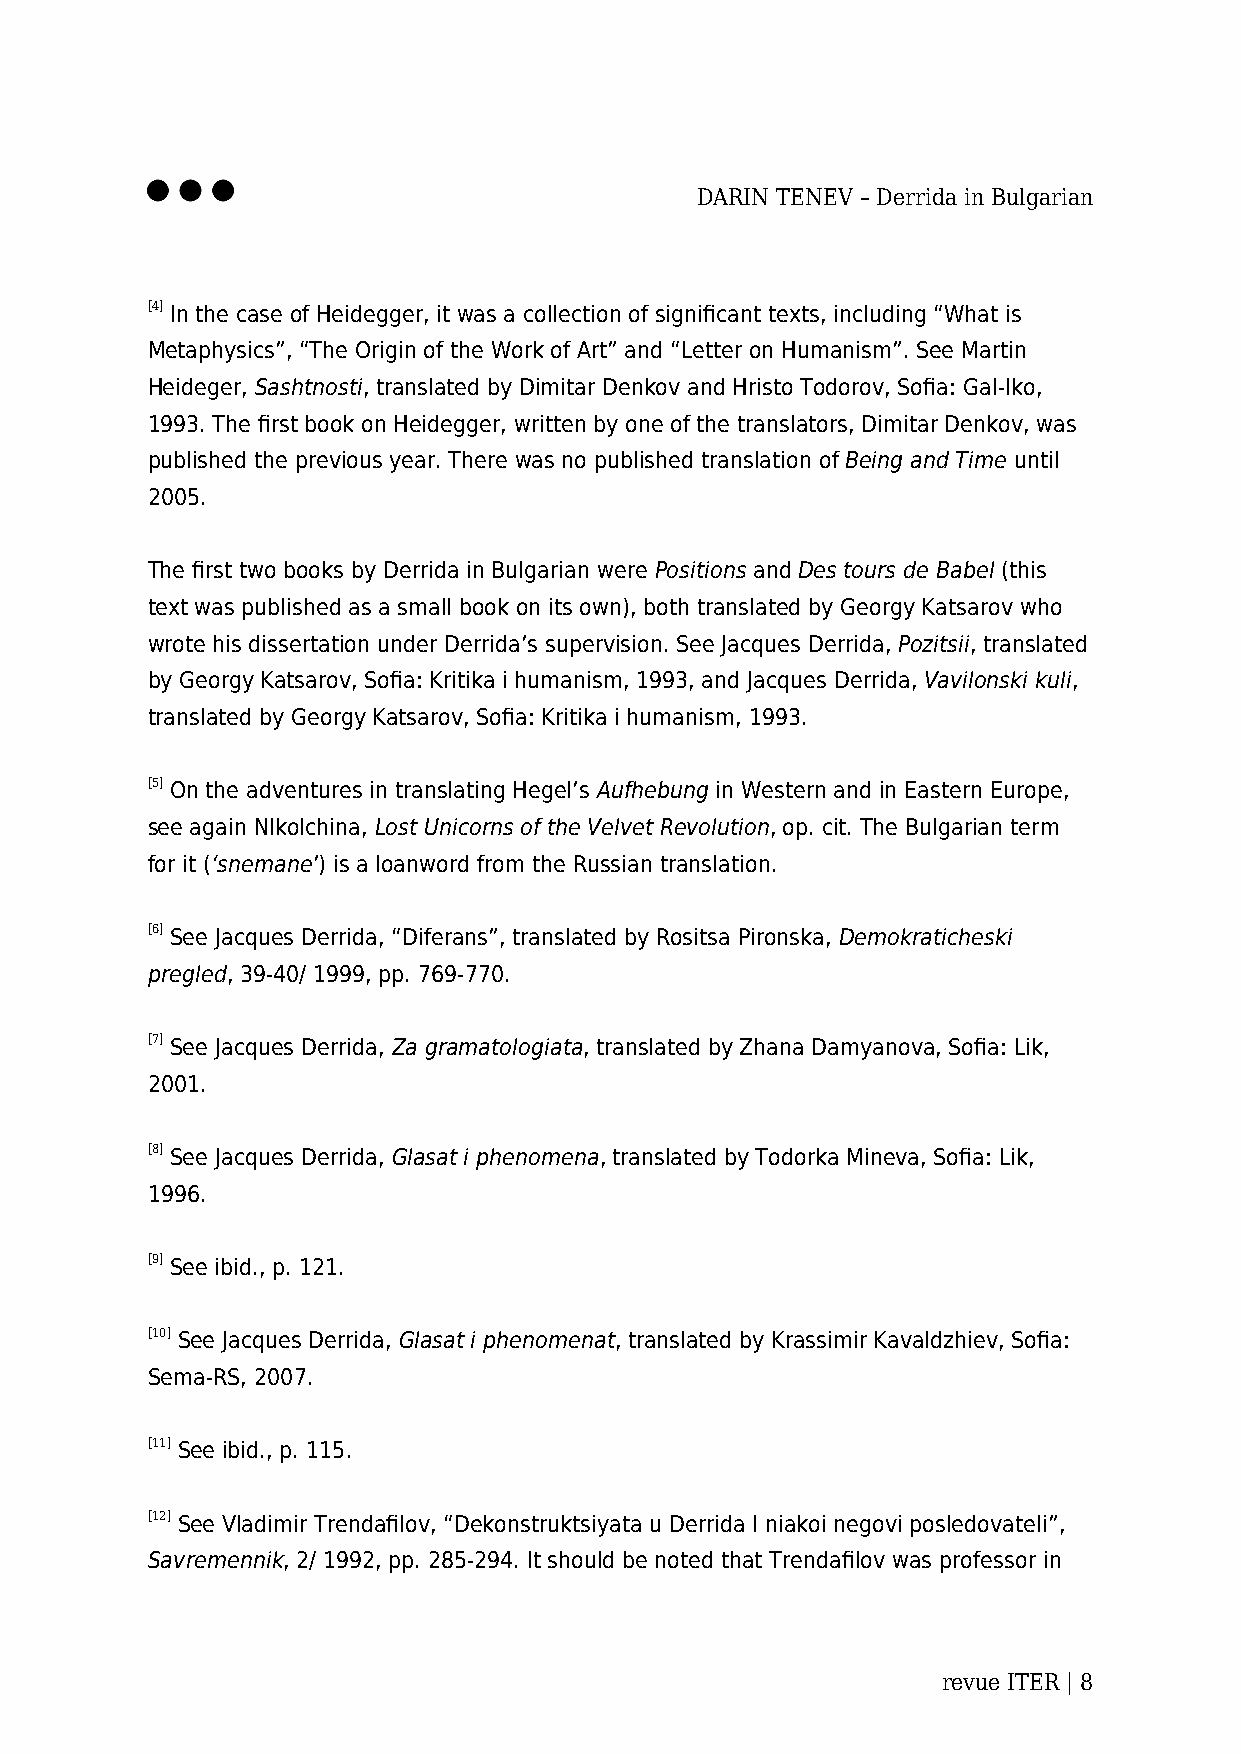
DARIN TENEV – Derrida in Bulgarian
 [4] In the case of Heidegger, it was a collection of significant texts, including “What is
 Metaphysics”, “The Origin of the Work of Art” and “Letter on Humanism”. See Martin
 Heideger, Sashtnosti, translated by Dimitar Denkov and Hristo Todorov, Sofia: Gal-Iko,
 1993. The first book on Heidegger, written by one of the translators, Dimitar Denkov, was
 published the previous year. There was no published translation of Being and Time until
 2005.
 The first two books by Derrida in Bulgarian were Positions and Des tours de Babel (this
 text was published as a small book on its own), both translated by Georgy Katsarov who
 wrote his dissertation under Derrida’s supervision. See Jacques Derrida, Pozitsii, translated
 by Georgy Katsarov, Sofia: Kritika i humanism, 1993, and Jacques Derrida, Vavilonski kuli,
 translated by Georgy Katsarov, Sofia: Kritika i humanism, 1993.
 [5] On the adventures in translating Hegel’s Aufhebung in Western and in Eastern Europe,
 see again NIkolchina, Lost Unicorns of the Velvet Revolution, op. cit. The Bulgarian term
 for it (‘snemane’) is a loanword from the Russian translation.
 [6] See Jacques Derrida, “Diferans”, translated by Rositsa Pironska, Demokraticheski
 pregled, 39-40/ 1999, pp. 769-770.
 [7] See Jacques Derrida, Za gramatologiata, translated by Zhana Damyanova, Sofia: Lik,
 2001.
 [8] See Jacques Derrida, Glasat i phenomena, translated by Todorka Mineva, Sofia: Lik,
 1996.
 [9] See ibid., p. 121.
 [10] See Jacques Derrida, Glasat i phenomenat, translated by Krassimir Kavaldzhiev, Sofia:
 Sema-RS, 2007.
 [11] See ibid., p. 115.
 [12] See Vladimir Trendafilov, “Dekonstruktsiyata u Derrida I niakoi negovi posledovateli”,
 Savremennik, 2/ 1992, pp. 285-294. It should be noted that Trendafilov was professor in
 revue ITER | 8